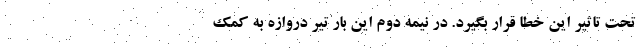
تحت تاثیر این خطا قرار بگیرد. در نیمه دوم این بار تیر دروازه به کمک